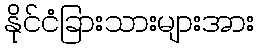
နိုင်ငံခြားသားများအား